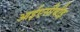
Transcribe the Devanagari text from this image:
आईएसीबीइ